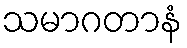
သမာဂတာနံ